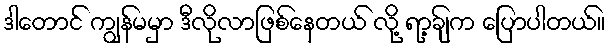
ဒါတောင် ကျွန်မမှာ ဒီလိုလာဖြစ်နေတယ် လို့ ရာ့ချ်က ပြောပါတယ်။